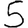
Digit: 5